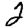
Digit: 2